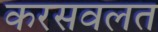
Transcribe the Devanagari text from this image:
करसवलत